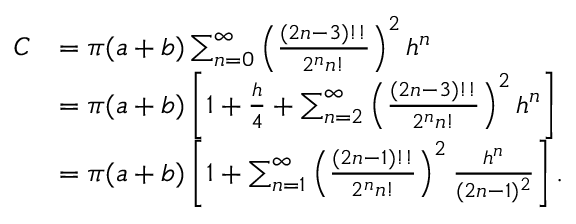
{ \begin{array} { r l } { C } & { = \pi ( a + b ) \sum _ { n = 0 } ^ { \infty } \left( { \frac { ( 2 n - 3 ) ! ! } { 2 ^ { n } n ! } } \right) ^ { 2 } h ^ { n } } \\ & { = \pi ( a + b ) \left[ 1 + { \frac { h } { 4 } } + \sum _ { n = 2 } ^ { \infty } \left( { \frac { ( 2 n - 3 ) ! ! } { 2 ^ { n } n ! } } \right) ^ { 2 } h ^ { n } \right] } \\ & { = \pi ( a + b ) \left[ 1 + \sum _ { n = 1 } ^ { \infty } \left( { \frac { ( 2 n - 1 ) ! ! } { 2 ^ { n } n ! } } \right) ^ { 2 } { \frac { h ^ { n } } { ( 2 n - 1 ) ^ { 2 } } } \right] . } \end{array} }